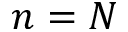
n = N